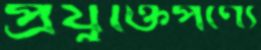
প্রযুক্তিপণ্যে